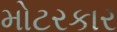
મોટરકાર